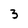
Character: 3